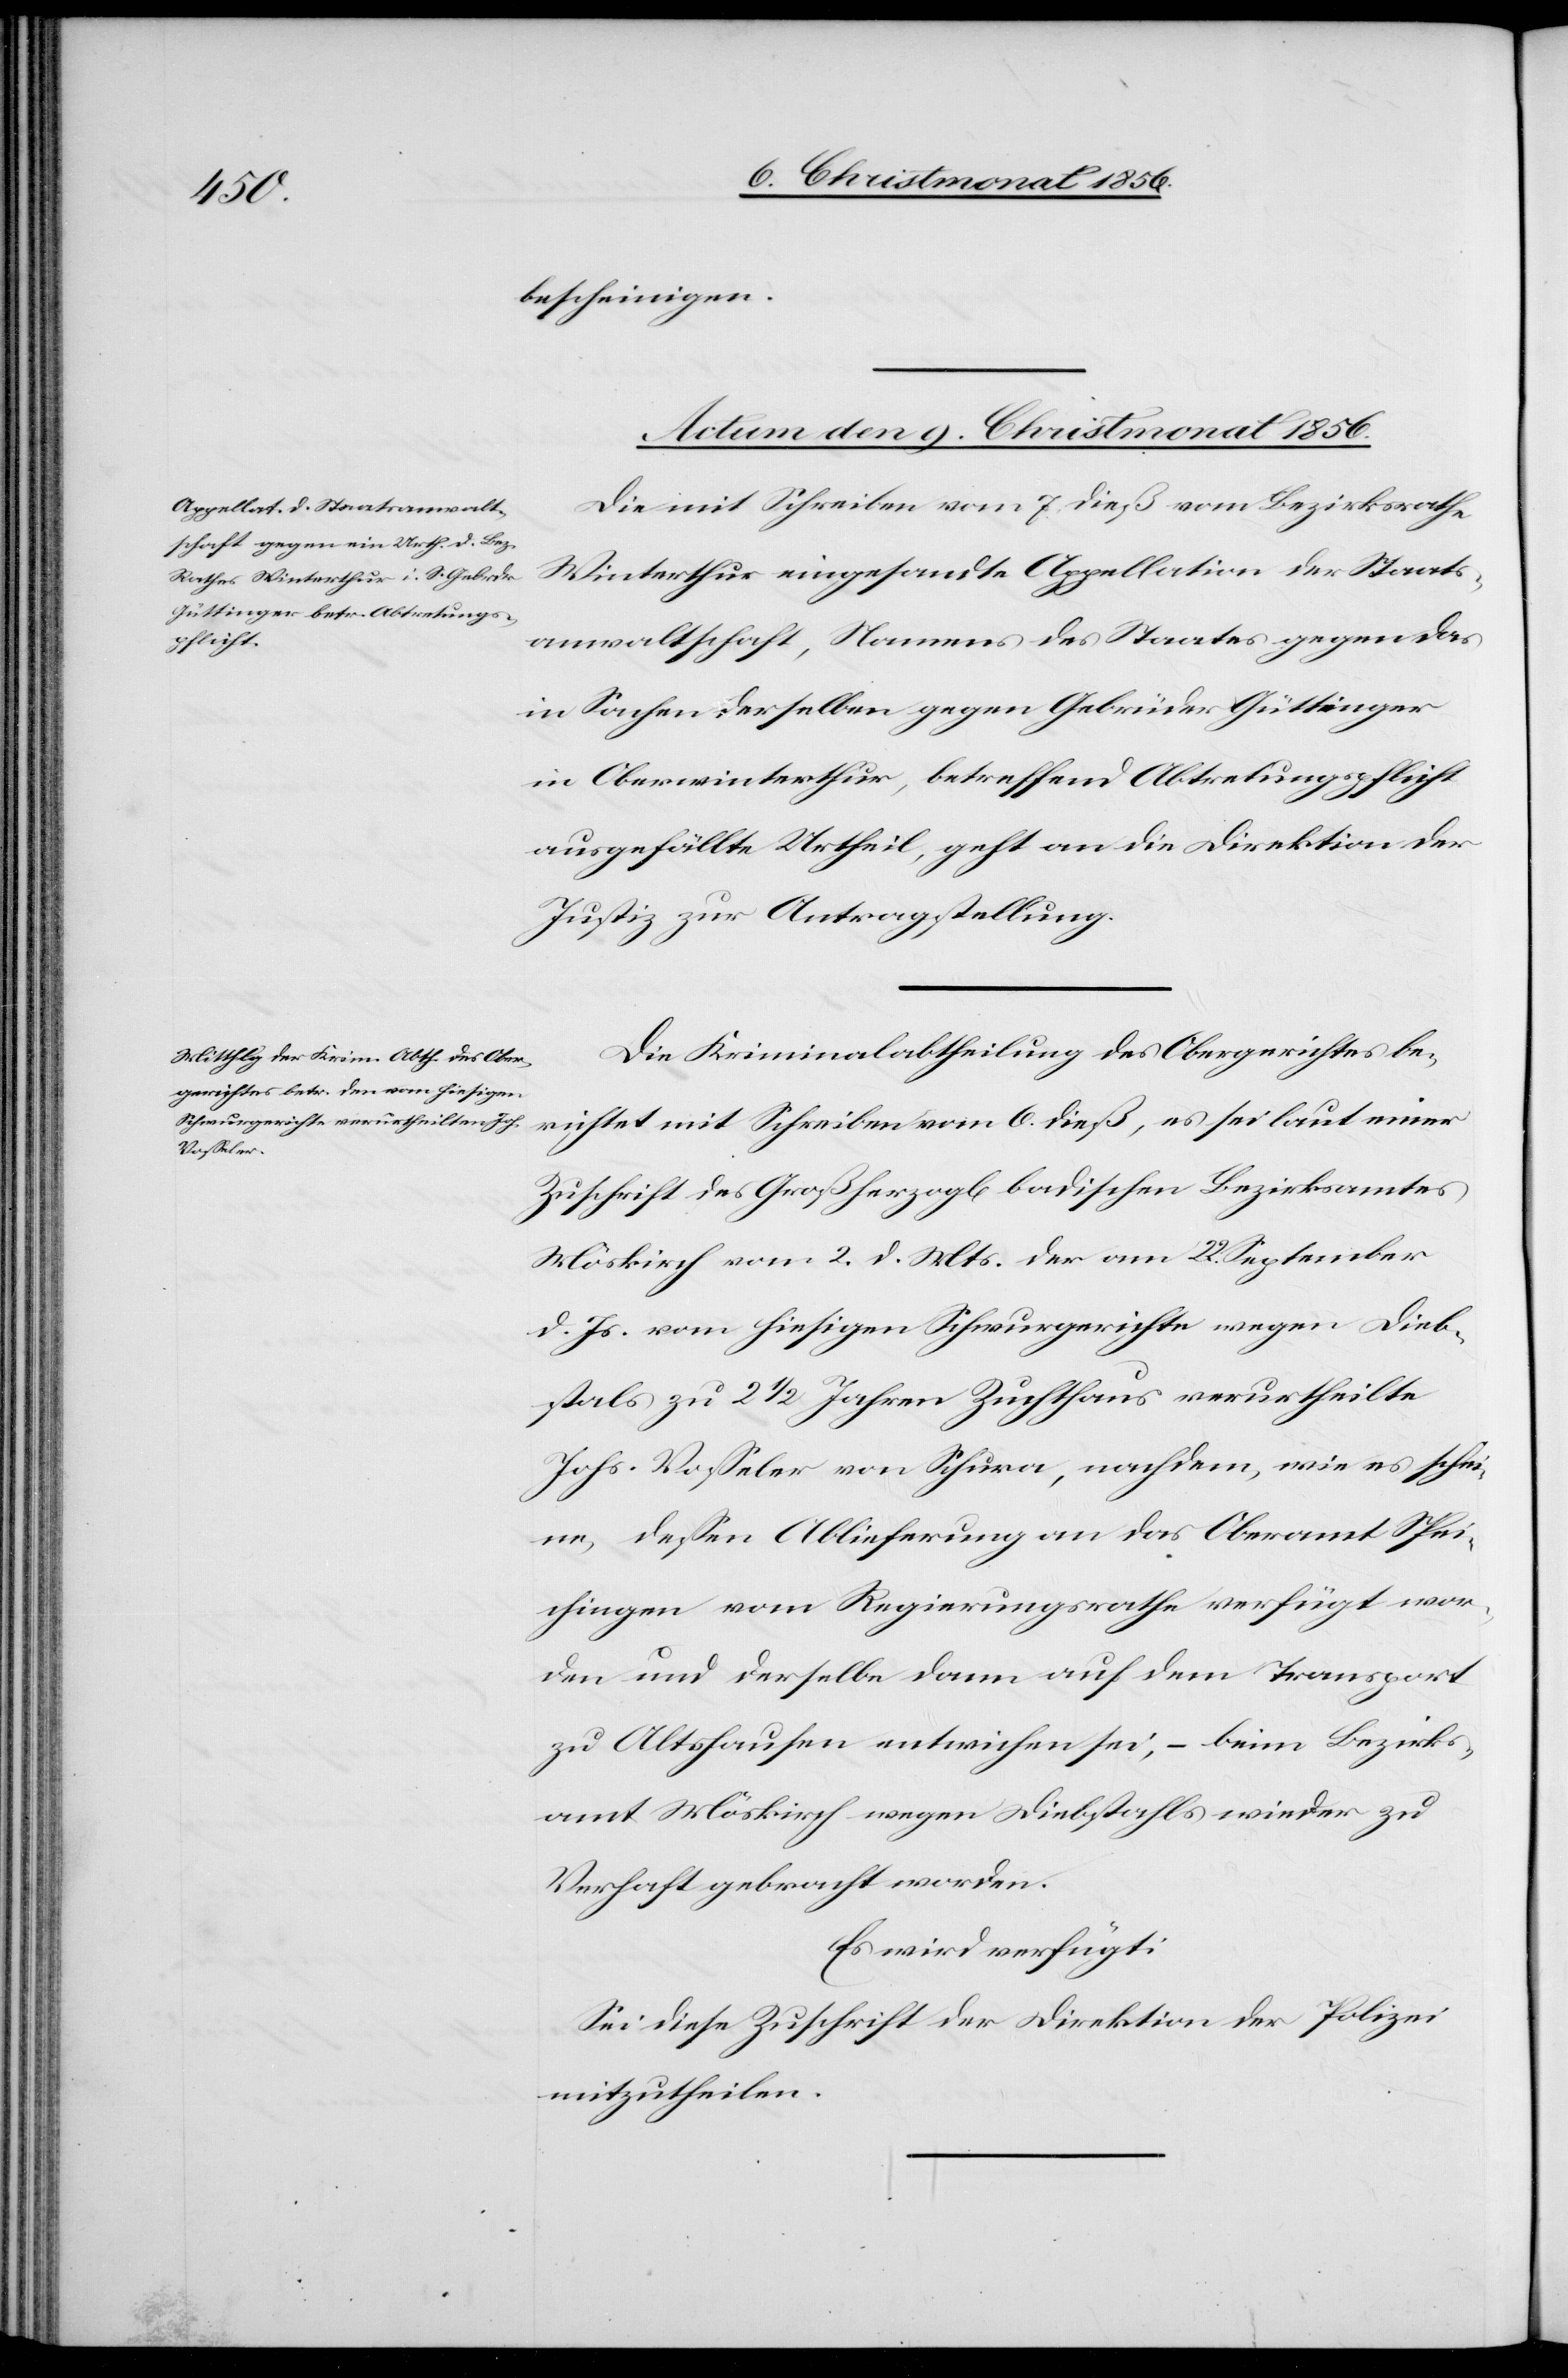
9. Christmonat 1856.]
bescheinigen.
Actum den 9. Christmonat 1856.
Die mit Schreiben vom 7. dieß vom Bezirksrathe
Winterthur eingesandte Appellation der Staats¬
anwaltschaft, Namens des Staates gegen das
in Sachen derselben gegen Gebrüder Güttinger
in Oberwinterthur, betreffend Abtretungspflicht
ausgefällte Urtheil, geht an die Direktion der
Justiz zur Antragstellung.
Die Kriminalabtheilung des Obergerichtes be¬
richtet mit Schreiben vom 6. dieß, es sei laut einer
Zuschrift des Großherzogl[ich] badischen Bezirksamtes
Möskirch vom 2. d. Mts. der am 22. September
d. Js. vom hiesigen Schwurgerichte wegen Dieb¬
stals zu 2 ½ Jahren Zuchthaus verurtheilte
Johs. Vosseler von Schura, nachdem, wie es schei¬
ne, dessen Ablieferung an das Oberamt Spei¬
chingen vom Regierungsrathe verfügt wor¬
den und derselbe dann auf dem Transport
zu Altshausen entwichen sei, – beim Bezirks¬
amt Möskirch wegen Diebstahls wieder zu
Verhaft gebracht worden.
Es wird verfügt:
Sei diese Zuschrift der Direktion der Polizei
mitzutheilen.